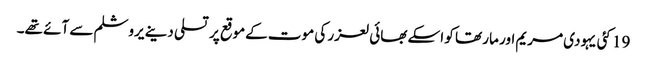
19 کئی یہودی مریم اور مار تھا کو اسکے بھائی لعزر کی موت کےموقع پر تسلی دینے یروشلم سے آئے تھے۔